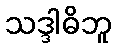
သဒ္ဒါဓိဘူ